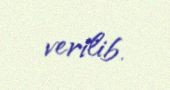
verilib.